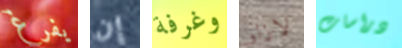
يفرغ إن وغرفة لازلو دراسات